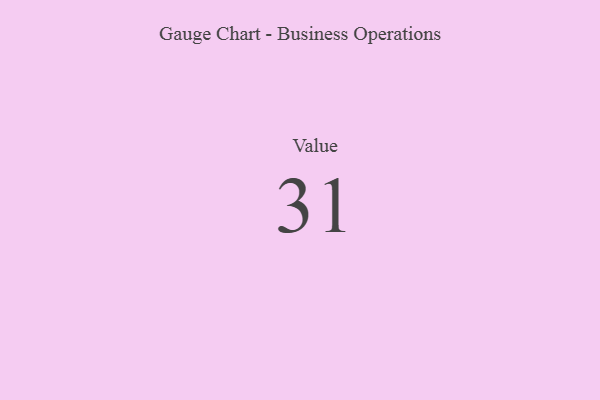
{"axis": {"x": "Metric", "y": "Value"}, "legend": [""], "data": [{"x": "Value", "y": 31, "type": ""}]}